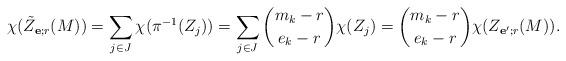
LaTeX: \begin{align*} \chi(\tilde Z_{\mathbf e; r}(M)) = \sum_{j\in J} \chi(\pi^{-1}(Z_j)) = \sum_{j\in J} \binom{m_k-r}{e_k-r} \chi(Z_j) = \binom{m_k-r}{e_k-r}\chi(Z_{\mathbf e'; r}(M)).\end{align*}